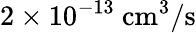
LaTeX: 2\times 10^{-13}~\mathrm{cm^{3}/s}